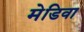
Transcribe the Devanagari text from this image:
मेडिवा